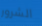
الشرور